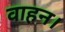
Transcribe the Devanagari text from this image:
वाहन।